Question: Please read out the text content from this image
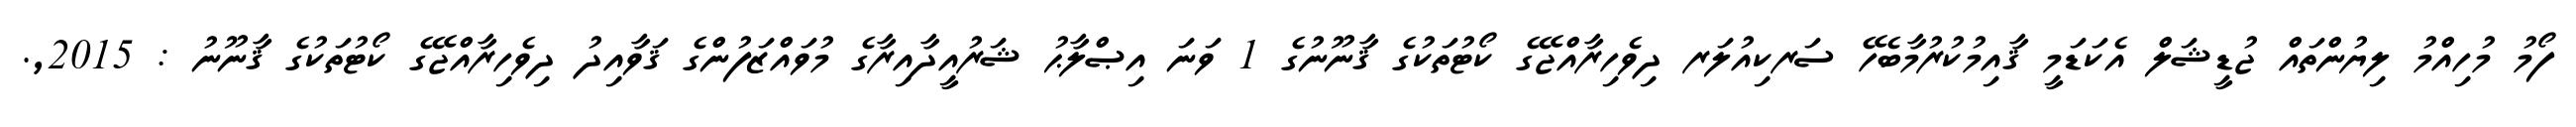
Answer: ފޯމު މުހިއްމު ލިޔުންތައް ޖުޑީޝަލް އެކަޑަމީ ޤާއިމުކުރުމާބެހޭ ސަރކިއުލަރ ދިވެހިރާއްޖޭގެ ކޯޓުތަކުގެ ޤާނޫނުގެ 1 ވަނަ އިޞްލާޙު ޝަރުއީދާއިރާގެ މުވައްޒަފުންގެ ޤަވާއިދު ދިވެހިރާއްޖޭގެ ކޯޓުތަކުގެ ޤާނޫނު : 2015,.